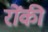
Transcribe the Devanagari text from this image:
रोंकी